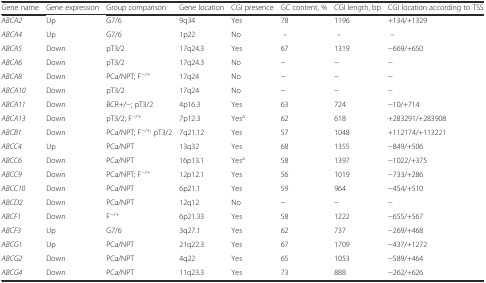
| Gene name | Gene expression | Group comparison | Gene location | CGI presence | GC content, % | CGI length, bp | CGI location according to TSS |
 | --- | --- | --- | --- | --- | --- | --- | --- |
 | ABCA2 | Up | G7/6 | 9q34 | Yes | 78 | 1196 | +134/+1329 |
 | ABCA4 | Up | G7/6 | 1p22 | No | – | – | – |
 | ABCA5 | Down | pT3/2 | 17q24.3 | Yes | 67 | 1319 | −669/+650 |
 | ABCA6 | Down | pT3/2 | 17q24.3 | No | − | − | − |
 | ABCA8 | Down | PCa/NPT; F−/+ | 17q24 | No | − | − | − |
 | ABCA10 | Down | pT3/2 | 17q24 | No | − | − | − |
 | ABCA11 | Down | BCR+/−; pT3/2 | 4p16.3 | Yes | 63 | 724 | −10/+714 |
 | ABCA13 | Down | pT3/2; F−/+ | 7p12.3 | Yesa | 62 | 618 | +283291/+283908 |
 | ABCB1 | Down | PCa/NPT; F−/+; pT3/2 | 7q21.12 | Yes | 57 | 1048 | +112174/+113221 |
 | ABCC4 | Up | PCa/NPT | 13q32 | Yes | 68 | 1355 | −849/+506 |
 | ABCC6 | Down | PCa/NPT | 16p13.1 | Yesa | 58 | 1397 | −1022/+375 |
 | ABCC9 | Down | PCa/NPT; F−/+ | 12p12.1 | Yes | 56 | 1019 | −733/+286 |
 | ABCC10 | Down | PCa/NPT | 6p21.1 | Yes | 59 | 964 | −454/+510 |
 | ABCD2 | Down | PCa/NPT | 12q12 | No | − | − | − |
 | ABCF1 | Down | F−/+ | 6p21.33 | Yes | 58 | 1222 | −655/+567 |
 | ABCF3 | Up | G7/6 | 3q27.1 | Yes | 62 | 737 | −269/+468 |
 | ABCG1 | Up | PCa/NPT | 21q22.3 | Yes | 67 | 1709 | −437/+1272 |
 | ABCG2 | Down | PCa/NPT | 4q22 | Yes | 65 | 1053 | −589/+464 |
 | ABCG4 | Down | PCa/NPT | 11q23.3 | Yes | 73 | 888 | −262/+626 |